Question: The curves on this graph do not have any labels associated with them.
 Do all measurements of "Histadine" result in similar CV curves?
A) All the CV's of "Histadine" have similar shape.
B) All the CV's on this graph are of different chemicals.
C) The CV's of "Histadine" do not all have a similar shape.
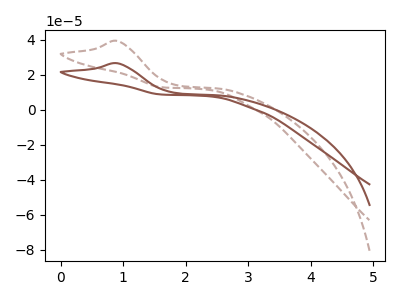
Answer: <think>The brown dashed curve "brown dashed" has an anodic peak at: (0.90V, 39.25uA). The brown curve "brown" has an anodic peak at: (0.90V, 26.50uA).
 All the peaks in "brown dashed" have a peak in "brown" at the same potential. Every peak in "brown dashed" is higher than every peak in "brown".</think>
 <answer>A) All the CV's of "Histadine" have similar shape.</answer>
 <eval>A</eval>